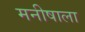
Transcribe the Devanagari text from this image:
मनीषाला